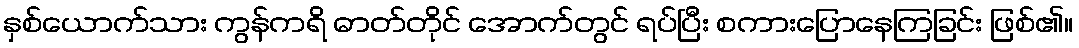
နှစ်ယောက်သား ကွန်ကရိ ဓာတ်တိုင် အောက်တွင် ရပ်ပြီး စကားပြောနေကြခြင်း ဖြစ်၏။